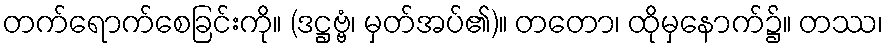
တက်ရောက်စေခြင်းကို။ (ဒဋ္ဌဗ္ဗံ၊ မှတ်အပ်၏)။ တတော၊ ထိုမှနောက်၌။ တဿ၊